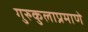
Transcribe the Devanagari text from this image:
गुरुकुलाप्रमाणे